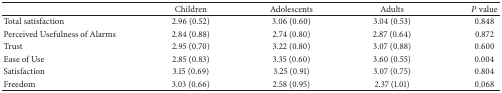
|  | Children | Adolescents | Adults | P value |
 | --- | --- | --- | --- | --- |
 | Total satisfaction | 2.96 (0.52) | 3.06 (0.60) | 3.04 (0.53) | 0.848 |
 | Perceived Usefulness of Alarms | 2.84 (0.88) | 2.74 (0.80) | 2.87 (0.64) | 0.872 |
 | Trust | 2.95 (0.70) | 3.22 (0.80) | 3.07 (0.88) | 0.600 |
 | Ease of Use | 2.85 (0.83) | 3.35 (0.60) | 3.60 (0.55) | 0.004 |
 | Satisfaction | 3.15 (0.69) | 3.25 (0.91) | 3.07 (0.75) | 0.804 |
 | Freedom | 3.03 (0.66) | 2.58 (0.95) | 2.37 (1.01) | 0.068 |